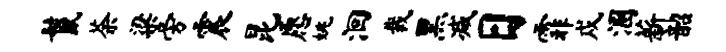
鬣荼梁旁震昆愿姚洄裁黑减日霏戍溷薪韶